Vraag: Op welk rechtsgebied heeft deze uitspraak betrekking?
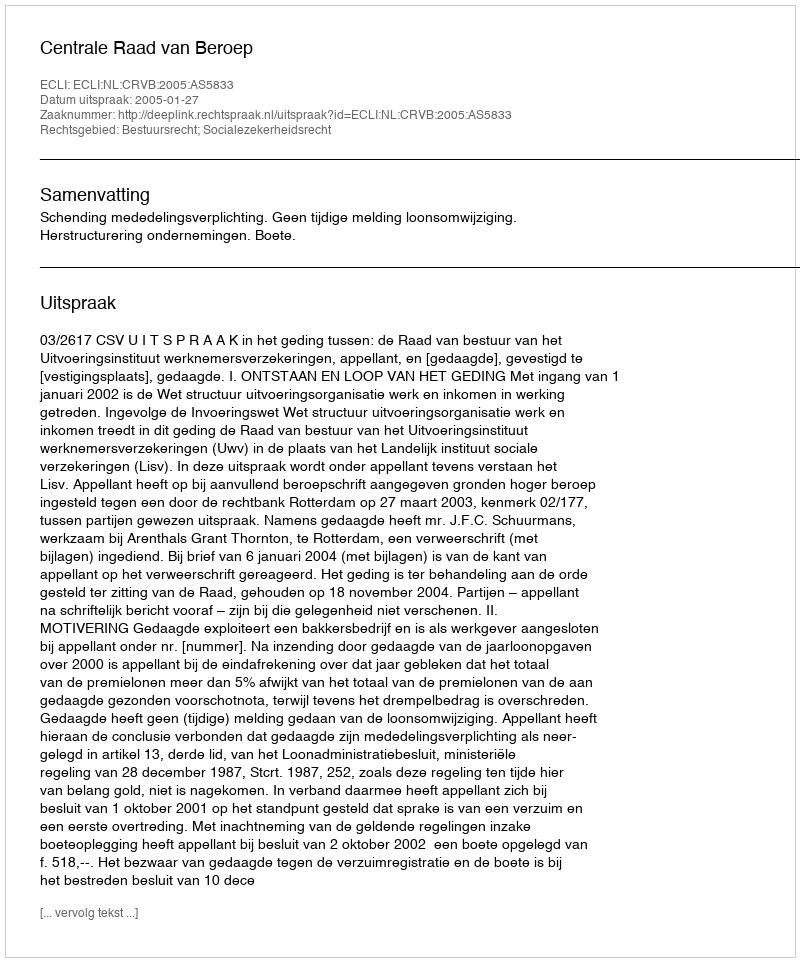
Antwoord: Bestuursrecht; Socialezekerheidsrecht